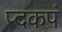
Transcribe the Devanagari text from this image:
प्दकपं